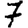
Digit: 7